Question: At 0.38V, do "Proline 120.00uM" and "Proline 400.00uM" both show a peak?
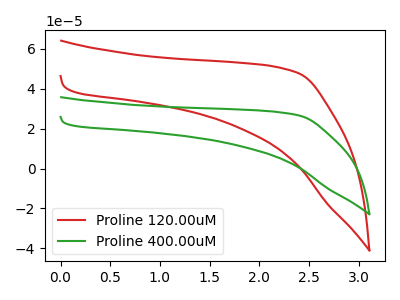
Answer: <think>The red curve "Proline 120.00uM" has no peaks. The green curve "Proline 400.00uM" has no peaks.</think>
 <answer>No, "Proline 120.00uM" and "Proline 400.00uM" dont share a peak at 0.38V.</answer>
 <eval>mismatch</eval>